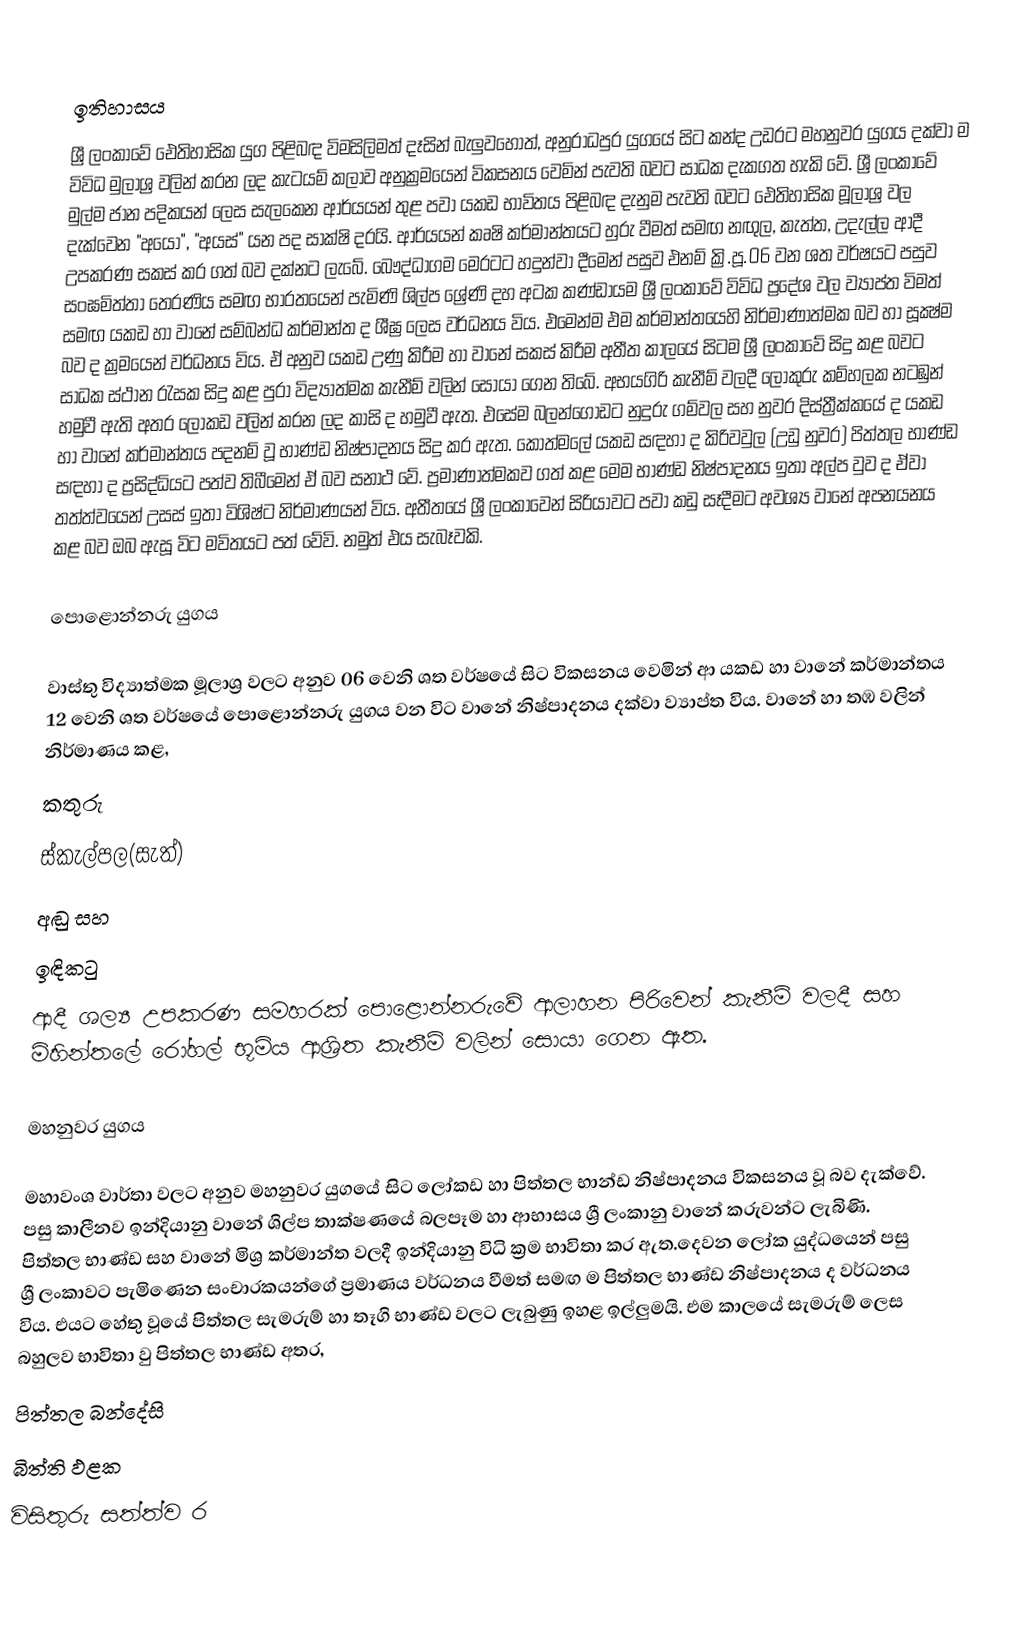

ඉතිහාසය
ශ්‍රී ලංකාවේ ඓතිහාසික යුග පිළිබඳ විමසිලිමත් දෑසින් බැලුවහොත්, අනුරාධපුර යුගයේ සිට කන්ද උඩරට මහනුවර යුගය දක්වා ම විවිධ මුලාශ්‍ර වලින් කරන ලද කැටයම් කලාව අනුක්‍රමයෙන් විකසනය වෙමින් පැවති බවට සාධක දැකගත හැකි වේ. ශ්‍රී ලංකාවේ මුල්ම ජාන පදිකයන් ලෙස සැලකෙන ආර්යයන් තුළ පවා යකඩ භාවිතය පිළිබඳ දැනුම පැවති බවට ඓතිහාසික මූලාශ්‍ර වල දැක්වෙන "අයෝ", "අයස්" යන පද සාක්ෂි දරයි. ආර්යයන් කෘෂි කර්මාන්තයට හුරු වීමත් සමඟ නඟුල, කැත්ත, උදැල්ල ආදී උපකරණ සකස් කර ගත් බව දක්නට ලැබේ. බෞද්ධාගම මෙරටට හදුන්වා දීමෙන් පසුව එනම් ක්‍රි.පූ.06 වන ශත වර්ෂයට පසුව සංඝමිත්තා තෙරණිය සමඟ භාරතයෙන් පැමිණි ශිල්ප ශ්‍රේණි දහ අටක කණ්ඩායම ශ්‍රී ලංකාවේ විවිධ ප්‍රදේශ වල ව්‍යාප්ත විමත් සමඟ යකඩ හා වානේ සම්බන්ධ කර්මාන්ත ද ශීඝ්‍ර ලෙස වර්ධනය විය. එමෙන්ම එම කර්මාන්තයෙහි නිර්මාණාත්මක බව හා සූක්‍ෂ්ම බව ද ක්‍රමයෙන් වර්ධනය විය. ඒ අනුව යකඩ උණු කිරීම හා වානේ සකස් කිරීම අතීත කාලයේ සිටම ශ්‍රී ලංකාවේ සිදු කළ බවට සාධක ස්ථාන රැසක සිදු කළ පුරා විද්‍යාත්මක කැනීම් වලින් සොයා ගෙන තිබේ. අභයගිරි කැනීම් වලදී ලෝකුරු කම්හලක නටඹුන් හමුවී ඇති අතර ලෝකඩ වලින් කරන ලද කාසි ද හමුවී ඇත. එසේම බලන්ගොඩට නුදුරු ගම්වල සහ නුවර දිස්ත්‍රීක්කයේ ද යකඩ හා වානේ කර්මාන්තය පදනම් වූ භාණ්ඩ නිෂ්පාදනය සිදු කර ඇත. කොත්මලේ යකඩ සඳහා ද කිරිවවුල (උඩු නුවර) පිත්තල භාණ්ඩ සඳහා ද ප්‍රසිද්ධියට පත්ව තිබීමෙන් ඒ බව සනාථ වේ. ප්‍රමාණාත්මකව ගත් කළ මෙම භාණ්ඩ නිෂ්පාදනය ඉතා අල්ප වුව ද ඒවා තත්ත්වයෙන් උසස් ඉතා විශිෂ්ට නිර්මාණයන් විය. අතීතයේ ශ්‍රී ලංකාවෙන් සිරියාවට පවා කඩු සෑදීමට අවශ්‍ය වානේ අපනයනය කළ බව ඔබ ඇසූ විට මවිතයට පත් වේවි. නමුත් එය සැබෑවකි.

පොළොන්නරු යුගය

වාස්තු විද්‍යාත්මක මූලාශ්‍ර වලට අනුව 06 වෙනි ශත වර්ෂයේ සිට විකසනය වෙමින් ආ යකඩ හා වානේ කර්මාන්තය 12 වෙනි ශත වර්ෂයේ පොළොන්නරු යුගය වන විට වානේ නිෂ්පාදනය දක්වා ව්‍යාප්ත විය. වානේ හා තඹ වලින් නිර්මාණය කළ,
කතුරු
ස්කැල්පල(සැත්)
අඬු සහ
ඉඳිකටු
ආදී ශල්‍ය උපකරණ සමහරක් පොළොන්නරුවේ ආලාහන පිරිවෙන් කැනීම් වලදී සහ මිහින්තලේ රෝහල් භූමිය ආශ්‍රිත කැනීම් වලින් සොයා ගෙන ඇත.

මහනුවර යුගය

මහාවංශ වාර්තා වලට අනුව මහනුවර යුගයේ සිට ලෝකඩ හා පිත්තල භාන්ඩ නිෂ්පාදනය විකසනය වූ බව දැක්වේ. පසු කාලීනව ඉන්දියානු වානේ ශිල්ප තාක්ෂණයේ බලපෑම හා ආභාසය ශ්‍රී ලංකානු වානේ කරුවන්ට ලැබිණි. පිත්තල භාණ්ඩ සහ වානේ මිශ්‍ර කර්මාන්ත වලදී ඉන්දියානු විධි ක්‍රම භාවිතා කර ඇත.දෙවන ලෝක යුද්ධයෙන් පසු ශ්‍රී ලංකාවට පැමිණෙන සංචාරකයන්ගේ ප්‍රමාණය වර්ධනය වීමත් සමඟ ම පිත්තල භාණ්ඩ නිෂ්පාදනය ද වර්ධනය විය. එයට හේතු වූයේ පිත්තල සැමරුම් හා තෑගි භාණ්ඩ වලට ලැබුණු ඉහළ ඉල්ලුමයි. එම කාලයේ සැමරුම් ලෙස බහුලව භාවිතා වු පිත්තල භාණ්ඩ අතර,
පිත්තල බන්දේසි
බිත්ති ඵළක
විසිතුරු සත්ත්ව ර